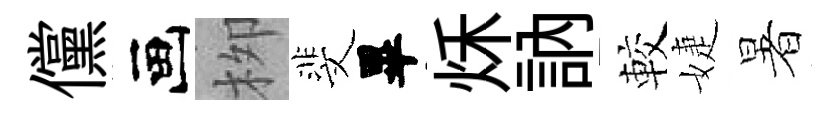
儻画栁斐畢秌訥較婕暑